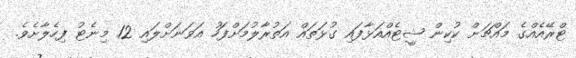
ޓްރޭއެއްގެ މައްޗަށް ކުކިން ޝީޓެއްއަޅާފައި ގުޅަތައް އަތުރާލުމަށްފަހު އަވަނަށްލައި 12 މިނެޓު ފިހެލާށެވެ.